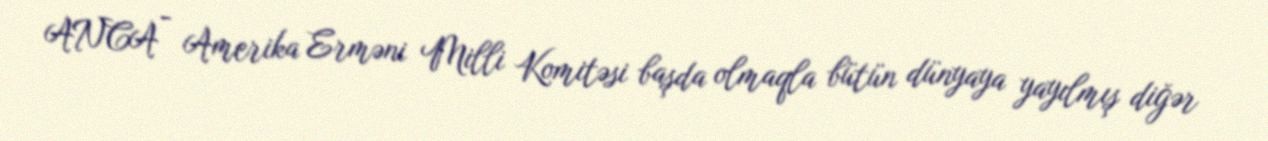
ANCA - Amerika Erməni Milli Komitəsi başda olmaqla bütün dünyaya yayılmış diğər